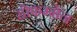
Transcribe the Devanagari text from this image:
होफम्मेन